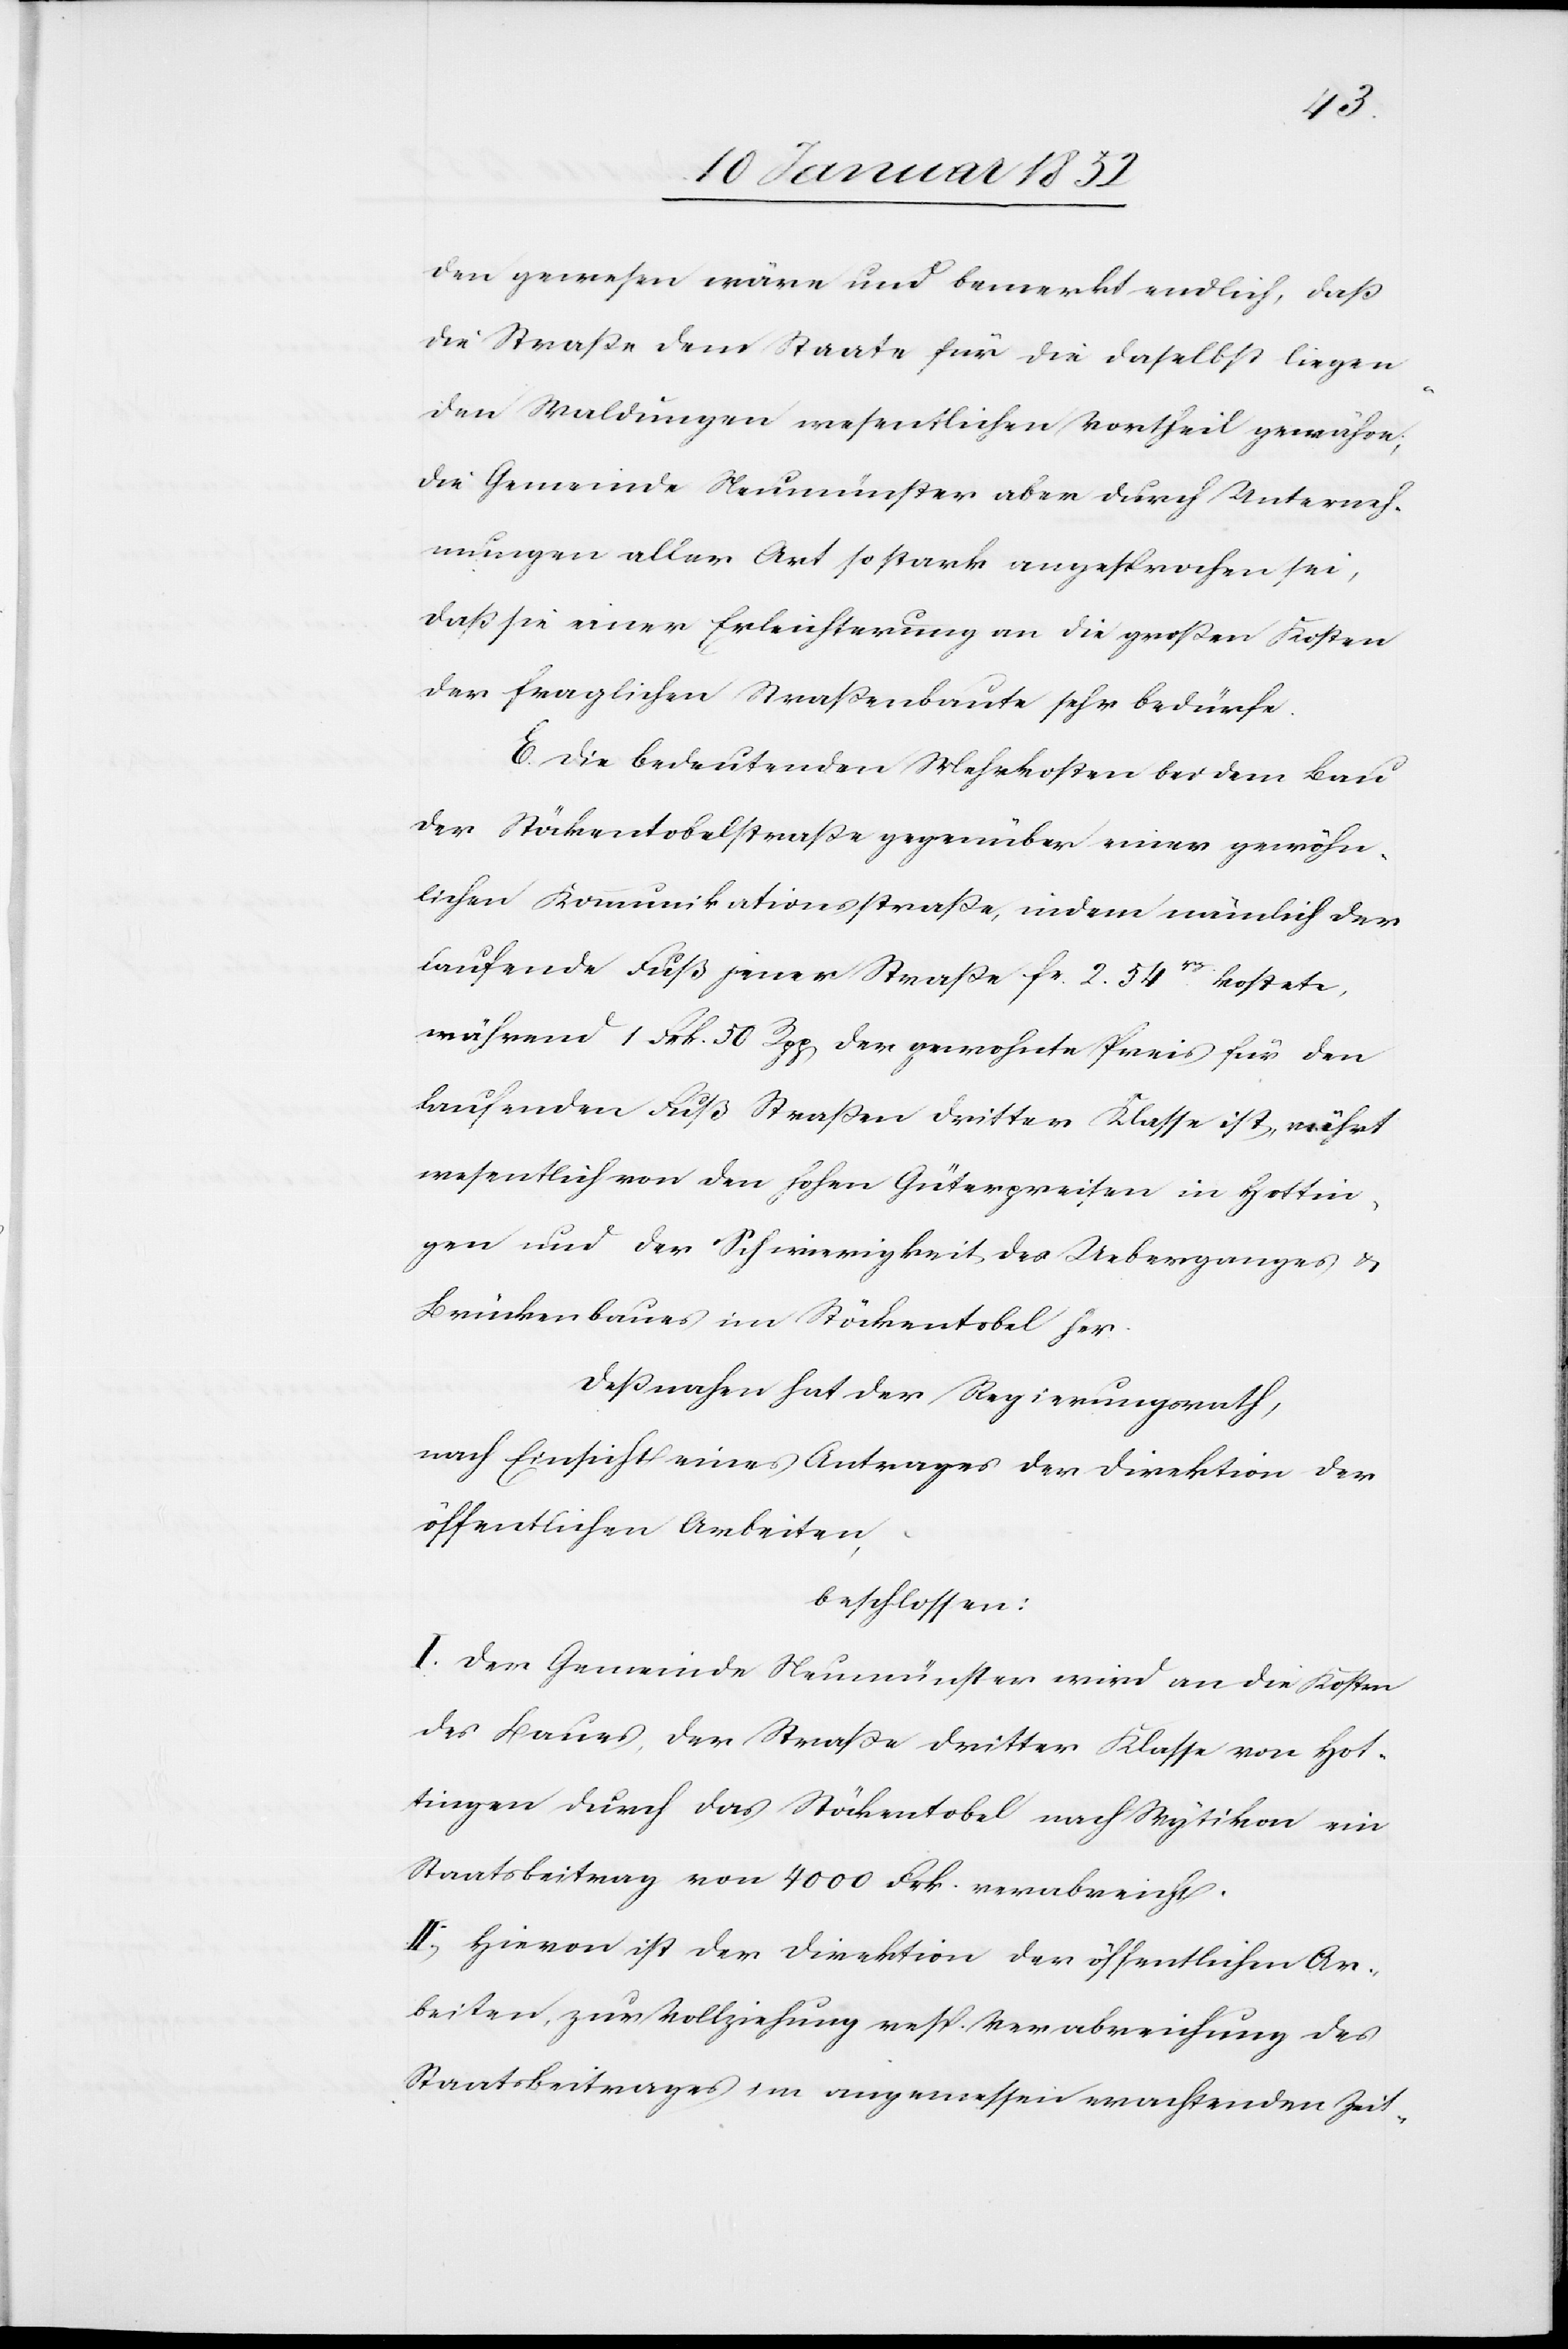
den gewesen wären und bemerkt endlich, daß
die Straße dem Staate für die daselbst liegen¬
den Waldungen wesentlichen Vortheil gewähren,
die Gemeinde Neumünster aber durch Unterneh¬
mungen aller Art so stark angesprochen sei,
daß sie einer Erleichterung an die großen Kosten
der fraglichen Straßenbaute sehr bedürfe.
E. Die bedeutenden Mehrkosten bei dem Bau
der Stöckentobelstraße gegenüber einer gewöhn¬
lichen Kommunikationsstraße, indem nämlich der
laufende Fuß jener Straße Fr. 2. 54rp kostete,
während 1. Frk. 50 Rpp der gewohnte Preis für den
laufenden Fuß Straßen dritter Klasse ist, rührt
wesentlich von den hohen Güterpreisen in Hottin¬
gen und der Schwierigkeit des Ueberganges u.
Brückenbaues im Stöckentobel her.
Deßnahen hat der Regierungsrath,
nach Einsicht eines Antrages der Direktion der
öffentlichen Arbeiten,
beschlossen:
I. Der Gemeinde Neumünster wird an die Kosten
des Baues der Straße dritter Klasse von Hot¬
tingen durch das Stöckentobel nach Wytikon ein
Staatsbeitrag von 4000 Frk. verabreicht.
II, Hievon ist der Direktion der öffentlichen Ar¬
beiten, zur Vollziehung resp. Verabreichung des
Staatsbeitrages im angemessen erachtenden Zeit-